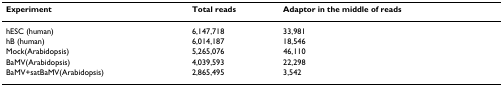
<table><thead><tr><td><b>Experiment</b></td><td><b>Total reads</b></td><td><b>Adaptor in the middle of reads</b></td></tr></thead><tbody><tr><td>hESC (human)</td><td>6,147,718</td><td>33,981</td></tr><tr><td>hB (human)</td><td>6,014,187</td><td>18,546</td></tr><tr><td>Mock(Arabidopsis)</td><td>5,265,076</td><td>46,110</td></tr><tr><td>BaMV(Arabidopsis)</td><td>4,039,593</td><td>22,298</td></tr><tr><td>BaMV+satBaMV(Arabidopsis)</td><td>2,865,495</td><td>3,542</td></tr></tbody></table>